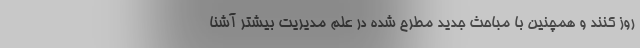
روز کنند و همچنین با مباحث جدید مطرح شده در علم مدیریت بیشتر آشنا